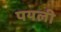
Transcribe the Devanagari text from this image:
पयली